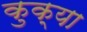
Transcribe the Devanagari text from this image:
कुक्या